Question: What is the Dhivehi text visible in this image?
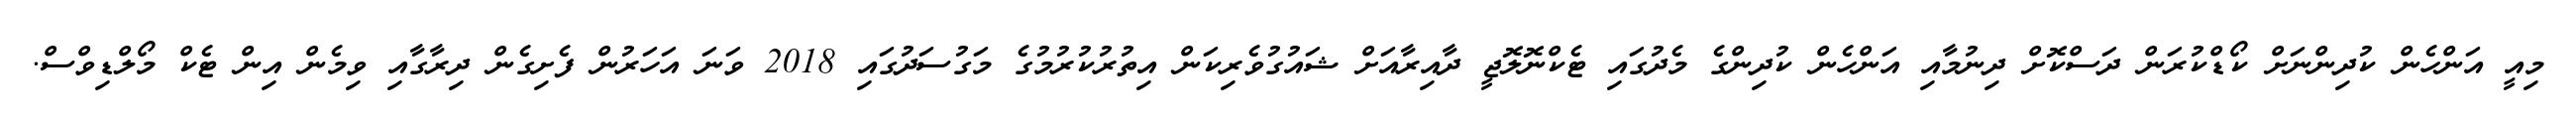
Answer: މިއީ އަންހެން ކުދިންނަށް ކޯޑްކުރަން ދަސްކޮށް ދިނުމާއި އަންހެން ކުދިންގެ މެދުގައި ޓެކްނޮލޮޖީ ދާއިރާއަށް ޝައުގުވެރިކަން އިތުރުކުރުމުގެ މަގުސަދުގައި 2018 ވަނަ އަހަރުން ފެށިގެން ދިރާގާއި ވިމެން އިން ޓެކް މޯލްޑިވްސް.